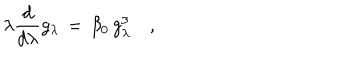
\lambda { \frac { d } { d \lambda } } g _ { \lambda } \, = \, \beta _ { 0 } \, g _ { \lambda } ^ { 3 } \quad ,